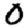
Digit: 0